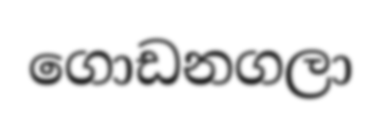
ගොඩනගලා